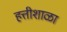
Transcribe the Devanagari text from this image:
हत्तीशाळा